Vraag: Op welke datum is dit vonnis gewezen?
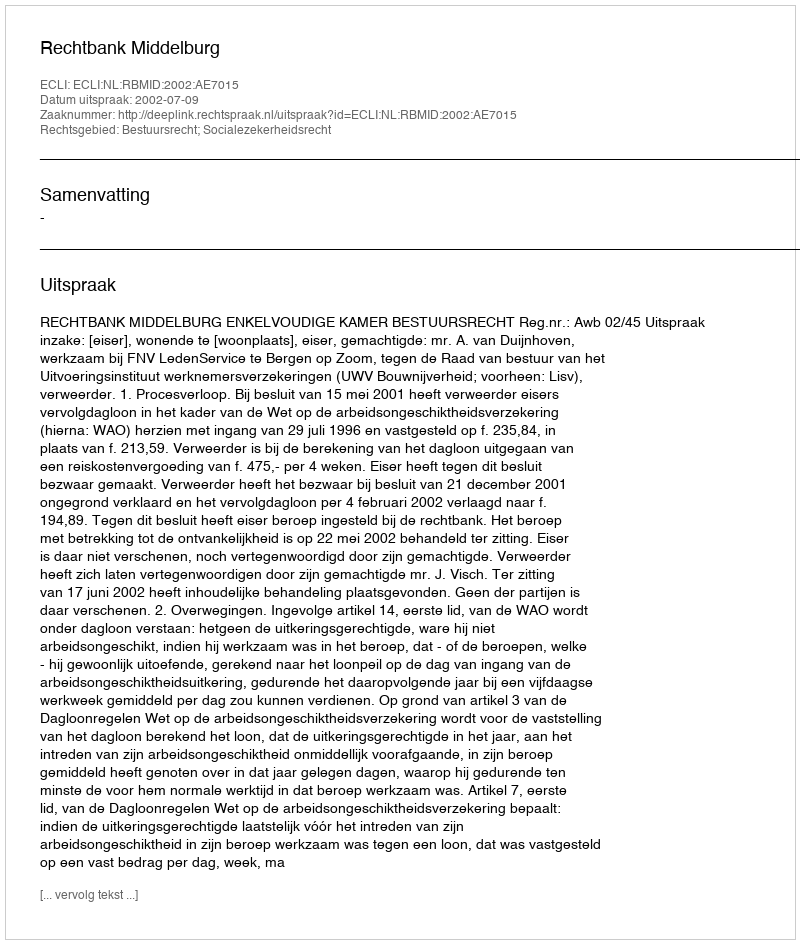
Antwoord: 2002-07-09